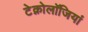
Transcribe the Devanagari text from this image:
टेक्नोलॉजियां